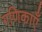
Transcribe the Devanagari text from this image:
गणिकाएँ